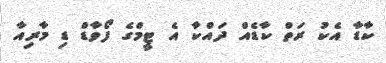
ކާޑާ އެކު ރަތް ކާޑެއް ދައްކާ އެ ޓީމްގެ ފޯވާޑް ޑި މާރިއާ